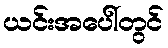
ယင်းအပေါ်တွင်